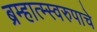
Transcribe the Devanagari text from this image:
ब्रम्हात्म्स्वरुपाचे